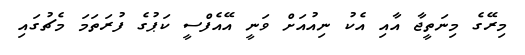
މިރޭގެ މިނަތީޖާ އާއި އެކު ނިއުއަށް ވަނީ އޭއެފްސީ ކަޕުގެ ފުރަތަމަ މެޗުގައި